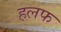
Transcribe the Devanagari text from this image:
हलफ